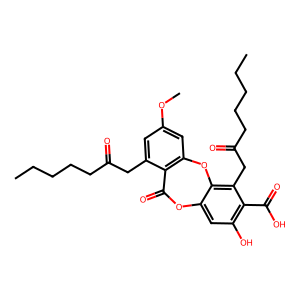
SMILES: CCCCCC(=O)Cc1cc(OC)cc2c1C(=O)Oc1cc(O)c(C(=O)O)c(CC(=O)CCCCC)c1O2
Inhibits HIV replication: No